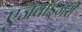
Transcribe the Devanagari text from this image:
एजवाइजरी